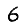
Digit: 6